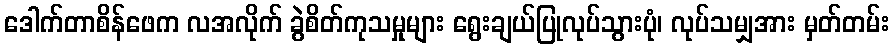
ဒေါက်တာစိန်ဖေက လအလိုက် ခွဲစိတ်ကုသမှုများ ရွေးချယ်ပြုလုပ်သွားပုံ၊ လုပ်သမျှအား မှတ်တမ်း